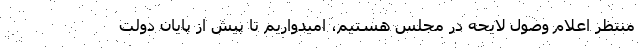
منتظر اعلام وصول لایحه در مجلس هستیم، امیدواریم تا پیش از پایان دولت